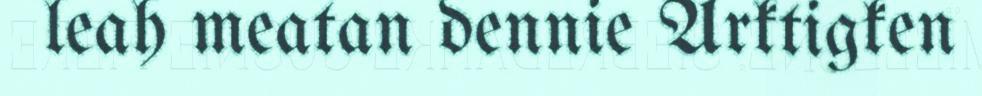
leah meatan dennie Arktigken